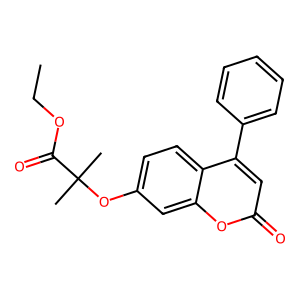
SMILES: CCOC(=O)C(C)(C)Oc1ccc2c(-c3ccccc3)cc(=O)oc2c1
Inhibits HIV replication: No